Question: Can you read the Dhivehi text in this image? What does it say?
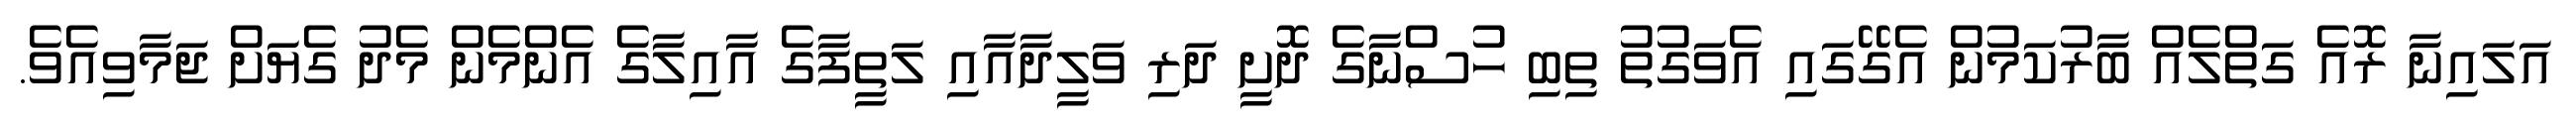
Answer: އަލައިނާ ރޮއެ ގަތްލެއް ބާރުކަމުން އެގޭގައި އެވަގުތު ތިބި ހުސްނާގެ ދޮށީ ދަރި ވަލީދާއާއި ލަތީފާގެ އާއިލާގެ އެންމެން މެދު ގެޔަށް ޖަމާވިއެވެ.